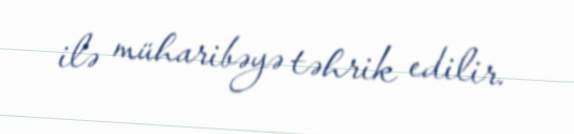
ilə müharibəyə təhrik edilir.